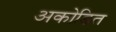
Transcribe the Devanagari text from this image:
अकोडित